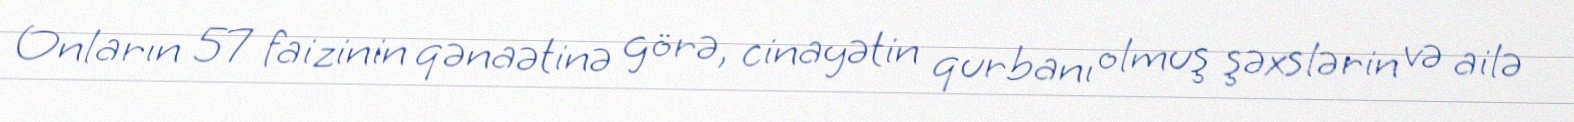
Onların 57 faizinin qənaətinə görə, cinayətin qurbanı olmuş şəxslərin və ailə